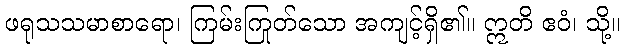
ဖရုသသမာစာရော၊ ကြမ်းကြုတ်သော အကျင့်ရှိ၏။ ဣတိ ဧဝံ၊ သို့။